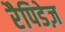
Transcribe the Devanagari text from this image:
रैपिडेज़